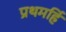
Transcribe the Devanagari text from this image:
प्रथमहिं